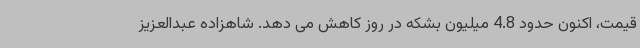
قیمت، اکنون حدود 4.8 میلیون بشکه در روز کاهش می دهد. شاهزاده عبدالعزیز